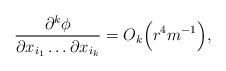
LaTeX: \begin{align*} \frac{\partial^k \phi}{\partial x_{i_1}\dots \partial x_{i_k}} =O_k\Big(r^4m^{-1}\Big), \end{align*}